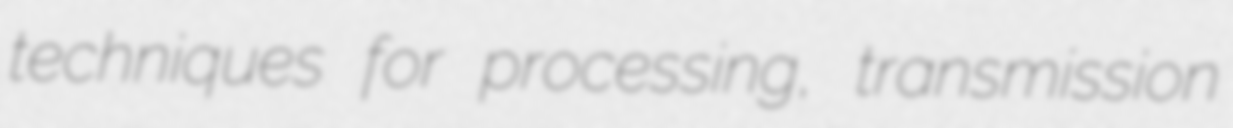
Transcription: techniques for processing, transmission